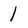
Character: l